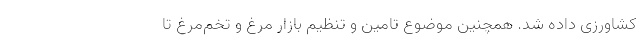
کشاورزی داده شد. همچنین موضوع تامین و تنظیم بازار مرغ و تخم‌مرغ تا